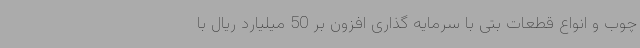
چوب و انواع قطعات بتی با سرمایه گذاری افزون بر 50 میلیارد ریال با